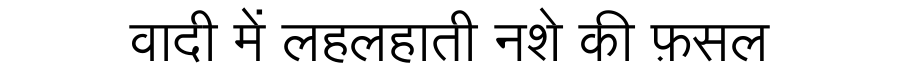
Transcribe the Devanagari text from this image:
वादी में लहलहाती नशे की फ़सल